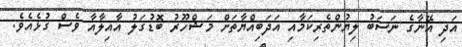
އަދި އޭނާގެ ނަސަބު ލިޔުންތެރިކަމާއި އަދަބިއްޔާތަށް މަޝްހޫރު ބޮޑުގަލު އާއިލާއާ ވެސް ގުޅެއެވެ.